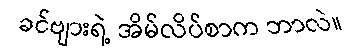
ခင်ဗျားရဲ့ အိမ်လိပ်စာက ဘာလဲ။